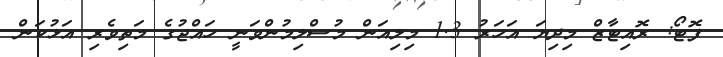
ފޮޓޯ: ރޮއިޓާޒް މިިިދިޔަ އަހަރު 1.3 މިލިއަން މުސްލިމުންވަނީ ހައްޖުގެ މަތިވެރި އަޅުކަން